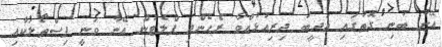
އޭނާ ބުނި ގޮތުގައި އަދީބު ދިރިއުޅުއްވާ ރެހެންދި ފްލެޓުން އޭނާ ވަނީ ފިސްތޯލަކާއި